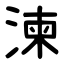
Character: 湅